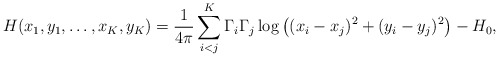
\begin{align*}H(x_1,y_1,\ldots,x_K,y_K) = \frac{1}{4 \pi} \sum_{i < j}^K \Gamma_i \Gamma_j \log \big( (x_i-x_j)^2 + (y_i-y_j)^2 \big)-H_0,\end{align*}